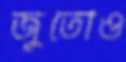
জুতোও